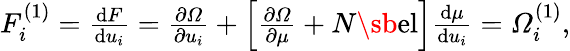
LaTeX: \begin{array}{r}{F_{i}^{(1)}=\frac{\mathrm dF}{\mathrm du_{i}}=\frac{\partial\varOmega}{\partial u_{i}}+\Bigl[\frac{\partial\varOmega}{\partial\mu}+N\sb{\textnormal{el}}\Bigr]\frac{\mathrm d\mu}{\mathrm du_{i}}=\varOmega_{i}^{(1)},}\end{array}